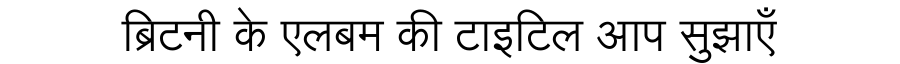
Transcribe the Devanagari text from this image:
ब्रिटनी के एलबम की टाइटिल आप सुझाएँ